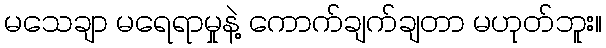
မသေချာ မရေရာမှုနဲ့ ကောက်ချက်ချတာ မဟုတ်ဘူး။